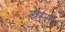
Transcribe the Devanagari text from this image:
ग्रेम्स